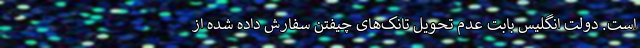
است. دولت انگلیس بابت عدم تحویل تانک‌های چیفتن سفارش داده ‌شده از